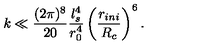
k \ll \frac { ( 2 \pi ) ^ { 8 } } { 2 0 } \frac { l _ { s } ^ { 4 } } { r _ { 0 } ^ { 4 } } \left( \frac { r _ { i n i } } { R _ { c } } \right) ^ { 6 } .